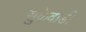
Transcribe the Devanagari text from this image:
सुकेवाडी